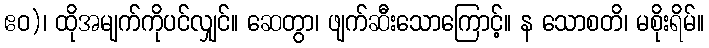
ဧဝ)၊ ထိုအမျက်ကိုပင်လျှင်။ ဆေတွာ၊ ဖျက်ဆီးသောကြောင့်။ န သောစတိ၊ မစိုးရိမ်။